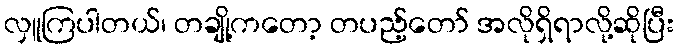
လှူကြပါတယ်၊ တချို့ကတော့ တပည့်တော် အလိုရှိရာလို့ဆိုပြီး